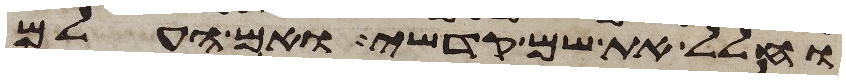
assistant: וחלל את שם קדשי ואם העלם